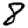
Digit: 8